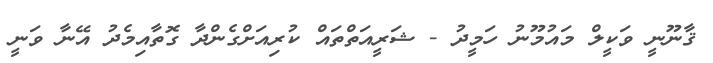
ޤާނޫނީ ވަކީލް މައުމޫނު ހަމީދު - ޝަރީއަތްތައް ކުރިއަށްގެންދާ ގޮތާއިމެދު އޭނާ ވަނީ